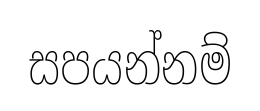
සපයන්නම්